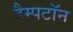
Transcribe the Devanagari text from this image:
हैम्पटॉन